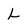
Character: L